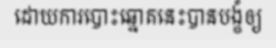
ដោយការបោះឆ្នោតនេះបានបង្ខំឲ្យ